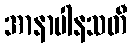
အာနာပါနသတီ